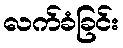
လက်ခံခြင်း